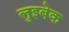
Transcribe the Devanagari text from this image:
लुइबेक